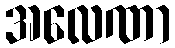
အလေဏာ